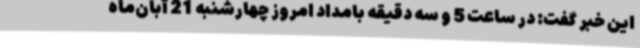
این خبر گفت: در ساعت 5 و سه دقیقه بامداد امروز چهارشنبه 21 آبان‌ماه